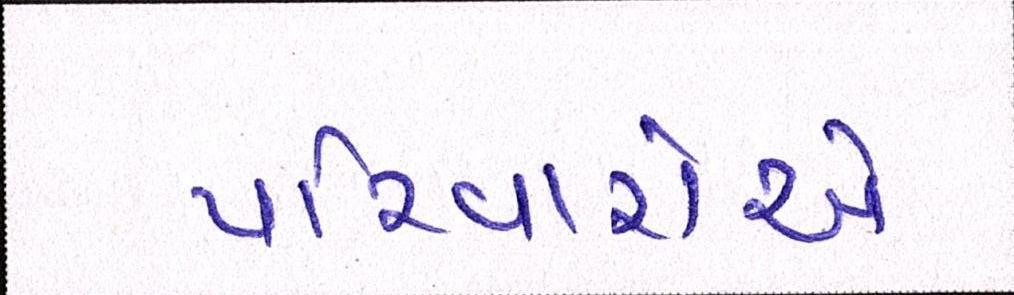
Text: પરિવારોએ